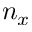
n _ { x }